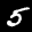
Label: 5